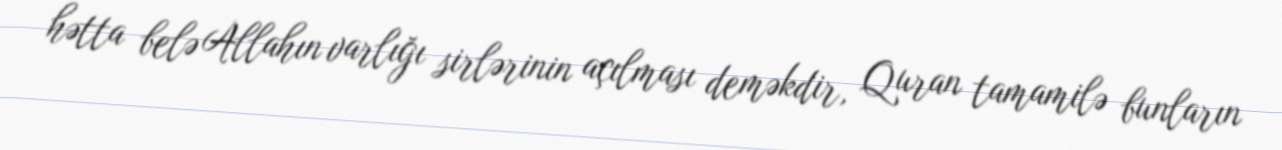
hətta belə Allahın varlığı sirlərinin açılması deməkdir, Quran tamamilə bunların